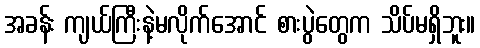
အခန်း ကျယ်ကြီးနဲ့မလိုက်အောင် စားပွဲတွေက သိပ်မရှိဘူး။